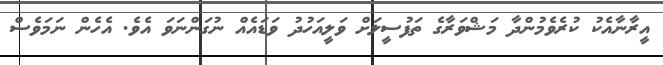
އީރާނާއެކު ކުރެވެމުންދާ މަޝްވަރާގެ ތަފުސީލަށް ވަލީއަހުދު ވަޑައެއް ނުގަންނަވަ އެވެ. އެހެން ނަމަވެސް